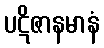
ပဋိဇာနမာနံ